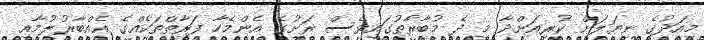
މިއަދުގެ ނިޔަލަށް ކުރިއަށްދާ މި ދެ މުބާރާތުގައިވެސް ރަށުގެ އެންމެހާ ފަރާތްތަކެއްގެ އެއްބާރުލުމާއި